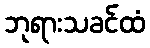
ဘုရားသခင်ထံ